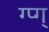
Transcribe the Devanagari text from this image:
ग्प्ग्